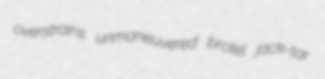
overstrains unmaneuvered brotel jack-tar